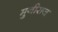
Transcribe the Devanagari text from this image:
मुनीराज